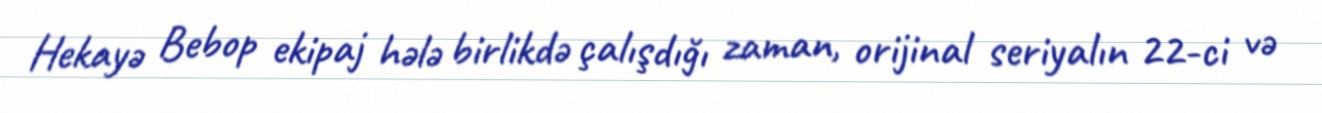
Hekayə Bebop ekipaj hələ birlikdə çalışdığı zaman, orijinal seriyalın 22-ci və